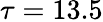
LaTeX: \tau=13.5